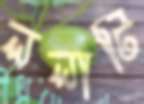
ললাটি